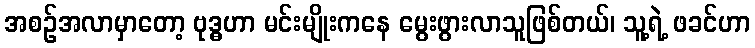
အစဉ်အလာမှာတော့ ဗုဒ္ဓဟာ မင်းမျိုးကနေ မွေးဖွားလာသူဖြစ်တယ်၊ သူ့ရဲ့ ဖခင်ဟာ